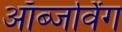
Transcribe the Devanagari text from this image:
ऑब्जर्विंग